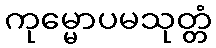
ကုမ္မောပမသုတ္တံ